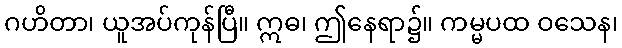
ဂဟိတာ၊ ယူအပ်ကုန်ပြီ။ ဣဓ၊ ဤနေရာ၌။ ကမ္မပထ ဝသေန၊